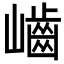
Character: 𡾐